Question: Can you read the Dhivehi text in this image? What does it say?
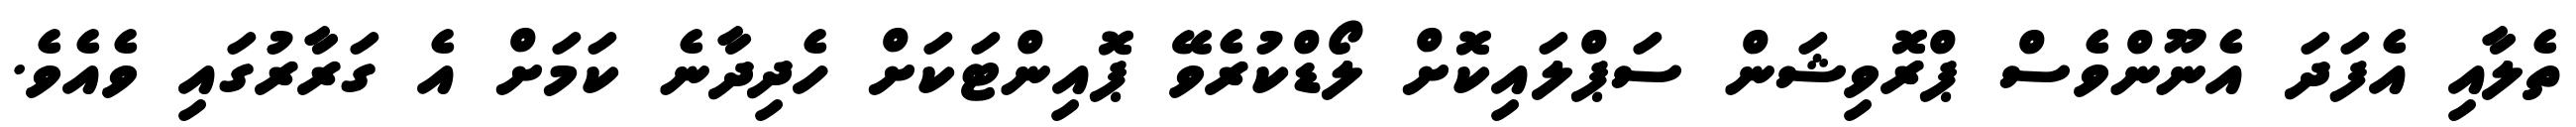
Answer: ތެލާއި އެފަދަ އެނޫންވެސް ޕްރޮވިޝަން ސަޕްލައިކޮށް ލޯޑްކުރެވޭ ޕޮއިންޓަކަށް ހެދިދާނެ ކަމަށް އެ ގަރާރުގައި ވެއެވެ.